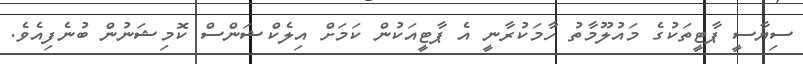
ސިޔާސީ ޕާޓީތަކުގެ މައުލޫމާތު ހާމަކުރާނީ އެ ޕާޓީއަކުން ކަމަށް އިލެކްޝަންސް ކޮމިޝަނުން ބުނެފިއެވެ.